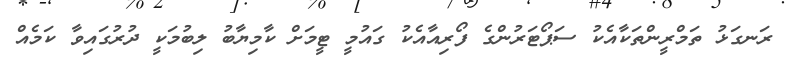
ރަނގަޅު ތަމްރީންތަކާއެކު ސަޕޯޓަރުންގެ ފޯރިއާއެކު ގައުމީ ޓީމަށް ކާމިޔާބު ލިބުމަކީ ދުރުގައިވާ ކަމެއް